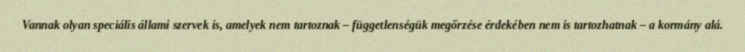
Vannak olyan speciális állami szervek is, amelyek nem tartoznak – függetlenségük megőrzése érdekében nem is tartozhatnak – a kormány alá.